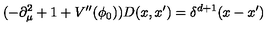
( - \partial _ { \mu } ^ { 2 } + 1 + V ^ { \prime \prime } ( \phi _ { 0 } ) ) D ( x , x ^ { \prime } ) = \delta ^ { d + 1 } ( x - x ^ { \prime } )